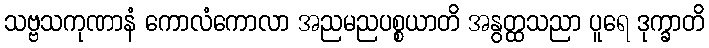
သဗ္ဗသကုဏာနံ ကောလံကောလာ အညမညပစ္စယာတိ အနွတ္ထသညာ ပူရေ ဒုက္ခာတိ